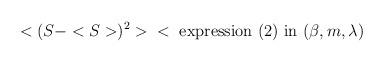
LaTeX: \begin{align*}<(S - <S>)^2> \;\;< \mbox{ expression (2) in } (\beta, m, \lambda)\end{align*}